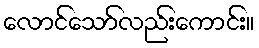
လောင်သော်လည်းကောင်း။